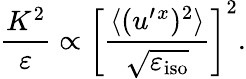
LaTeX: \frac{K^{2}}{\varepsilon}\propto\left[{\frac{\langle{({u^{\prime}{}^{x}})^{2}}\rangle}{\sqrt{\varepsilon_{\textrm{iso}}}}}\right]^{2}.